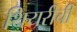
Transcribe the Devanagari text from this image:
थियरीची